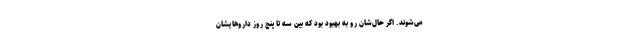
می‌شوند. اگر حال‌شان رو به بهبود بود که بین سه تا پنج روز داروهایشان